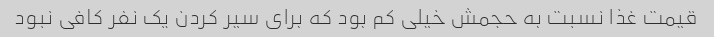
قیمت غذا نسبت به حجمش خیلی کم بود که برای سیر کردن یک نفر کافی نبود